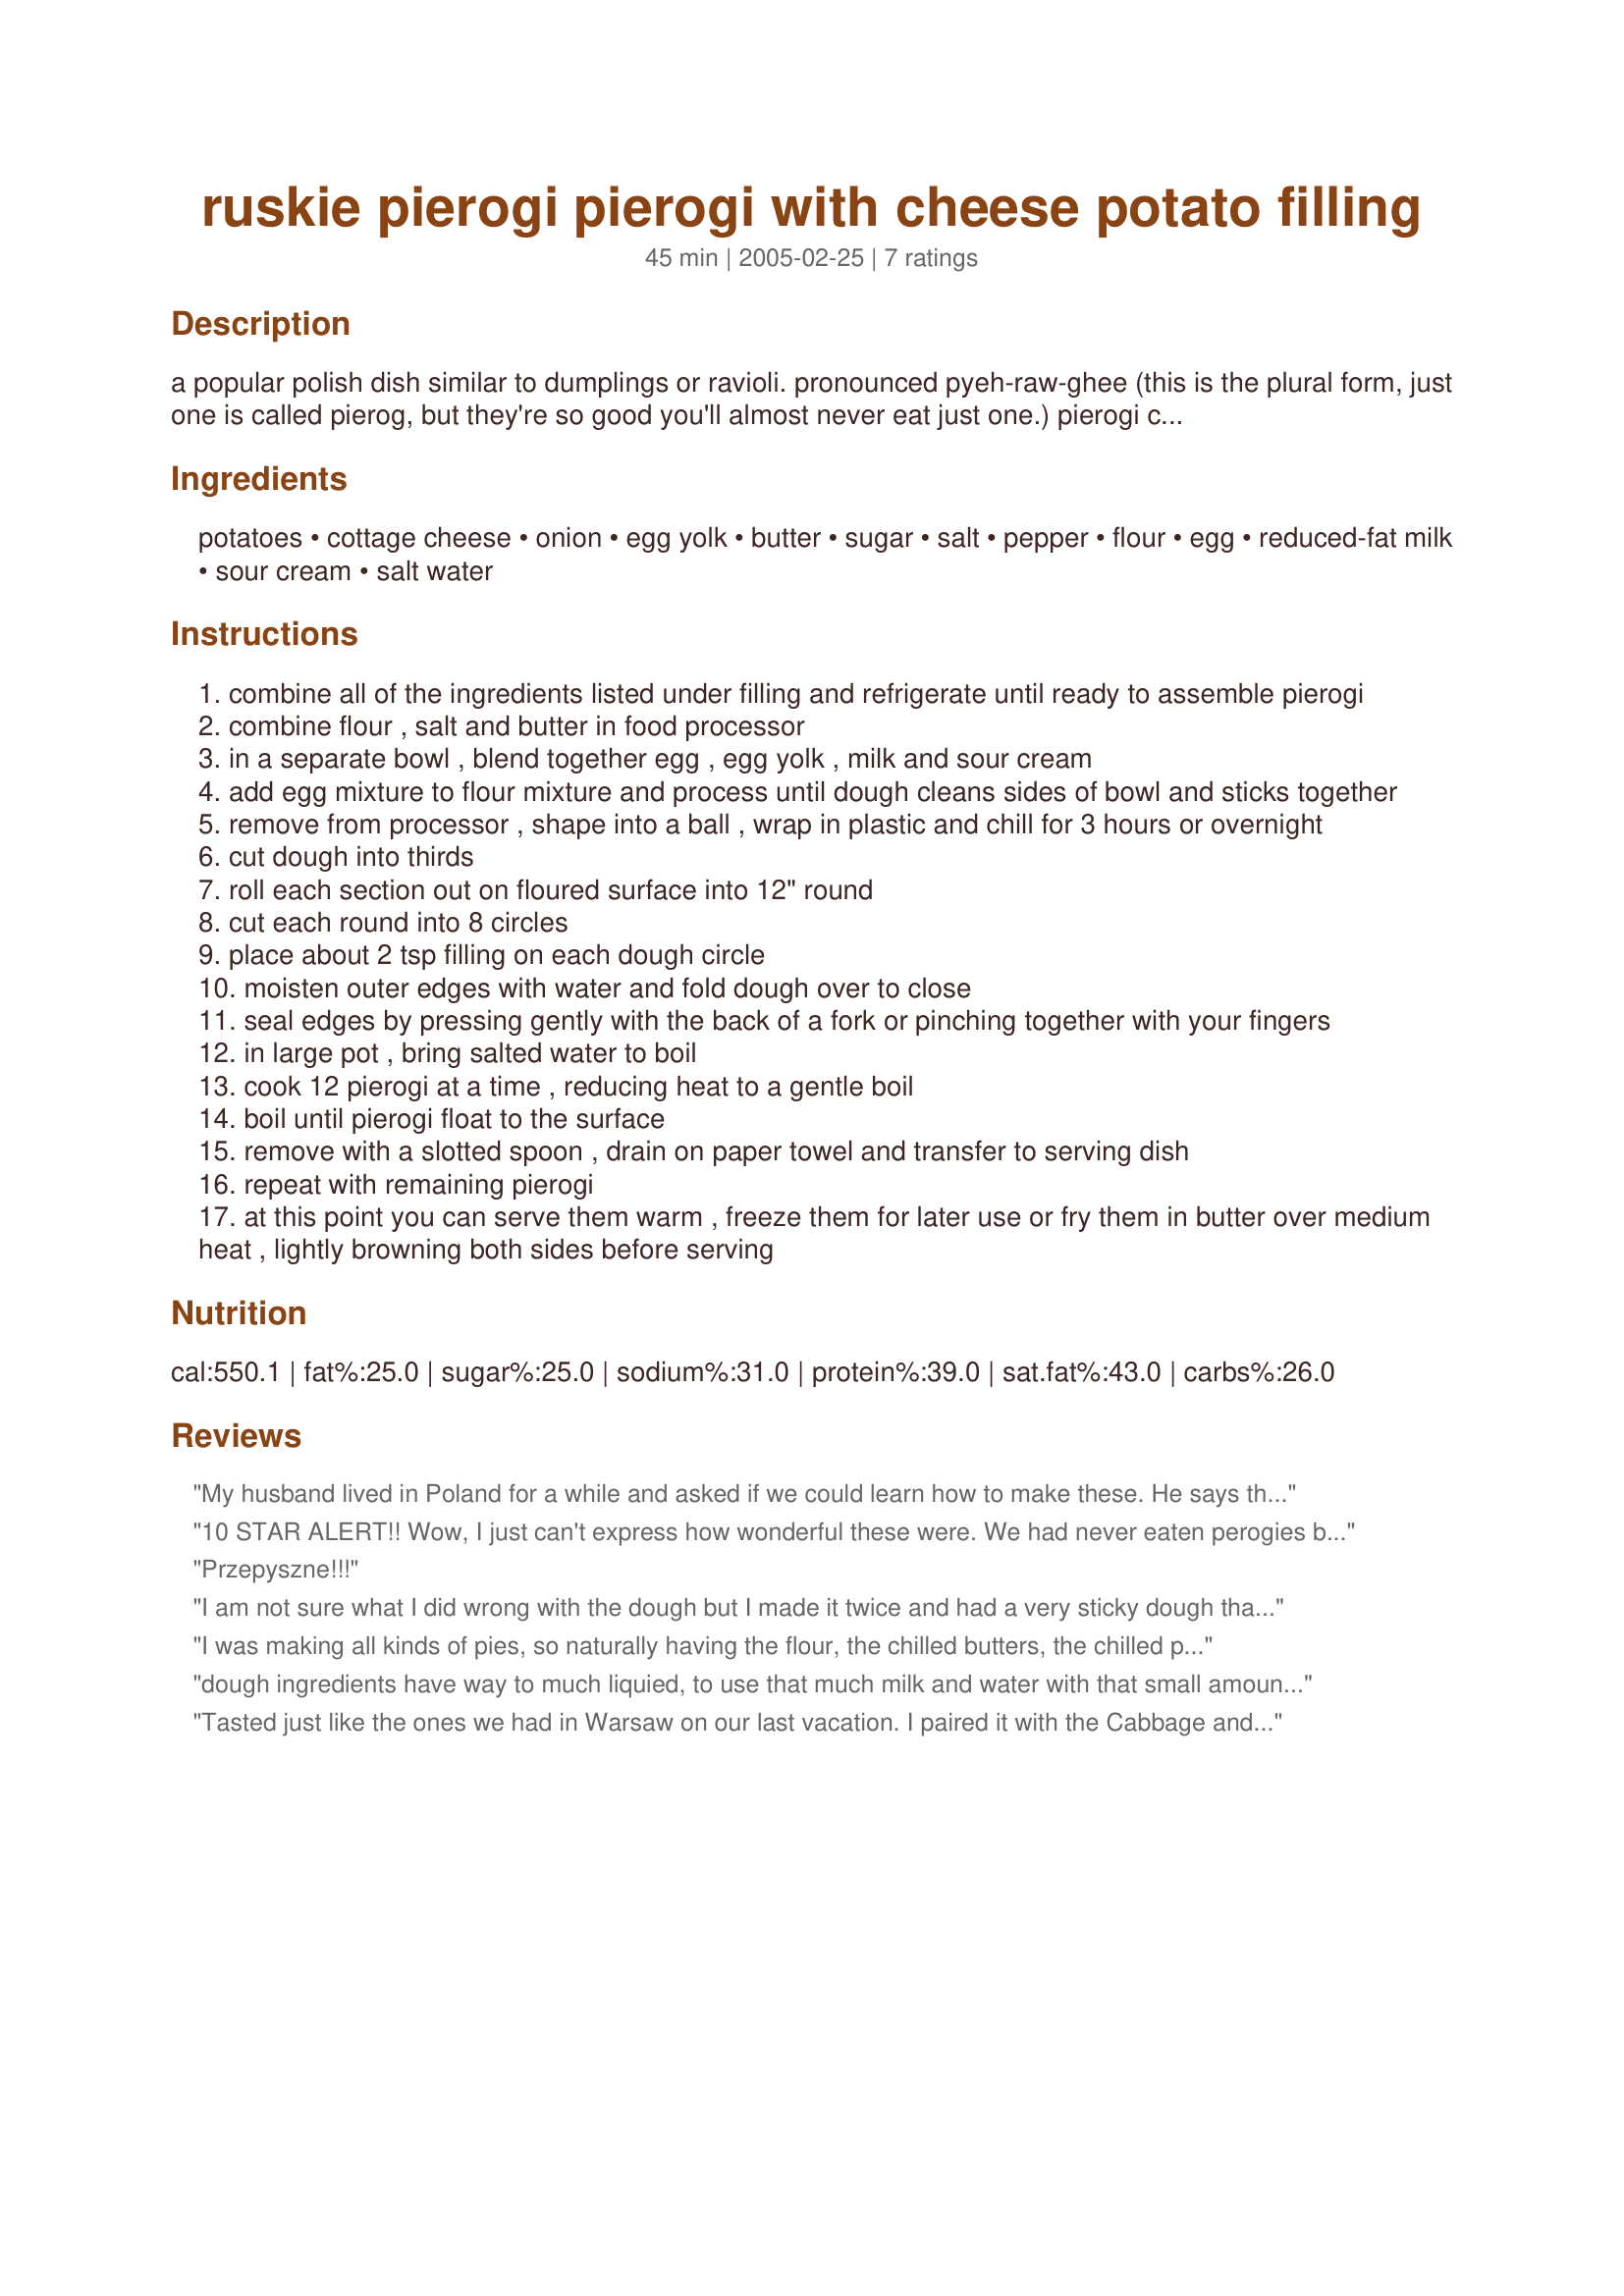
ruskie pierogi pierogi with cheese potato filling
Preparation time: 45 minutes

a popular polish dish similar to dumplings or ravioli. pronounced pyeh-raw-ghee (this is the plural form, just one is called pierog, but they're so good you'll almost never eat just one.) pierogi can be made with a wide variety of fillings, but the most common are minced cooked meat, sauerkraut & mushrooms, cheese and potatoes, sweet cheese (usually with a touch of vanilla) and blueberries (in summer). other fillings include buckwheat groats, potatoes & onions and lentils. common toppings include fried fat-back nuggets, sour cream, melted butter or butter-browned bread crumbs.

Ingredients:
potatoes, cottage cheese, onion, egg yolk, butter, sugar, salt, pepper, flour, egg, reduced-fat milk, sour cream, salt water

Steps:
combine all of the ingredients listed under filling and refrigerate until ready to assemble pierogi
combine flour , salt and butter in food processor
in a separate bowl , blend together egg , egg yolk , milk and sour cream
add egg mixture to flour mixture and process until dough cleans sides of bowl and sticks together
remove from processor , shape into a ball , wrap in plastic and chill for 3 hours or overnight
cut dough into thirds
roll each section out on floured surface into 12" round
cut each round into 8 circles
place about 2 tsp filling on each dough circle
moisten outer edges with water and fold dough over to close
seal edges by pressing gently with the back of a fork or pinching together with your fingers
in large pot , bring salted water to boil
cook 12 pierogi at a time , reducing heat to a gentle boil
boil until pierogi float to the surface
remove with a slotted spoon , drain on paper towel and transfer to serving dish
repeat with remaining pierogi
at this point you can serve them warm , freeze them for later use or fry them in butter over medium heat , lightly browning both sides before serving

Reviews:
My husband lived in Poland for a while and asked if we could learn how to make these. He says that this recipe is exactly like the Polish grandmothers make. I think they are delicious as well. I don't change the recipe at all and they come out great. I freeze the leftovers before boiling rather than after, and after pulling them out and boiling and frying they taste as fresh as when they are just made. I think a lot of people eat them with a topping of sauteed onions and crispy bacon. That is delicious as well. Thank you for this great recipe!
10 STAR ALERT!! Wow, I just can't express how wonderful these were. We had never eaten perogies before and my husband said he expected them to be bland but they were anything but. A crispy, golden outside after frying and a cheesy, creamy inside makes for a dinner to die for. How wonderful this recipe would be for a vegetarian dinner guest! They were much easier to make than I anticipated as well. The dough came together very quickly in the food processor and rolled out with no troubles after it had chilled. The total prep time was pretty accurate for me -- about 45 minutes of work from start to finish (not including resting time for the dough). The recipe made about 30 in total for me. We ate some fresh and froze the rest. When we wanted to reheat them I took them out of the freezer and let them sit on the counter for about 20 minutes. Then, in a deep frying pan, I added about an inch of water, brought it to a boil and put the perogies in for 2-3 minutes. I then drained the water, put the perogies on a plate and put some oil and butter in the pan and fried them as normal. Worked a treat. Thank you so much for an amazing recipe.
Przepyszne!!!
I am not sure what I did wrong with the dough but I made it twice and had a very sticky dough that was hard to work with. When rolling all it wanted to do was stick to the rolling pin and the counter even after I floured everything. Was afraid I was using way to much flour to make the dough edible after boiling. When I made these with my aunt years ago the dough was not this sticky. The first batch I left in the refrigerator all afternoon and the next batch I left overnight. The filling was tasty but I just couldnt get the dough to work for me. I will not leave any star rating as I see there was a five star review and the problem must have been something I was doing wrong. Sorry littleturtle that I couldnt get this to work and leave a great review. Tagged for the Please Review My Recipe tag game. UPDATE: I can not leave a no star review so the star rating is for the filling.
I was making all kinds of pies, so naturally having the flour, the chilled butters, the chilled processor out, I found this recipe and decided to make sure I made these. Since all my stuff was chilled, I didn't have a problem with the dough. The filling was easy to put together, and totally delicious! I kept to the recipe except for the fact, as I noted above, all was very chilled. It is very warm right now, and knowing I could never of worked with warm dough this went together easily. I immediately put it in the fridge to continue it story of being a pierogi. I made the potato stuffing from real mashed potatoes and we enjoyed these a lot. After I finished putting them in the boiling water, I then put them in the freezer, then when used, I put in a pan with cooking spray and a bit of Earth Balance, it gave it a wonderful crust. Thanks so much, little turtle!
dough ingredients have way to much liquied, to use that much milk and water with that small amount of flour makes MUD. very disapointed in recipe.
Tasted just like the ones we had in Warsaw on our last vacation. I paired it with the Cabbage and Kielbalsa recipe from Ms MO and served that over top http://www.food.com/recipe/cabbage-and-kielbasa-172362
